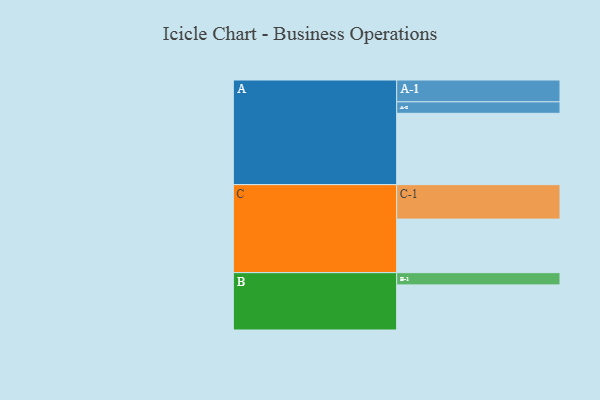
{"axis": {"x": "Segment", "y": "Value"}, "legend": ["", "A", "B", "C"], "data": [{"x": "A", "y": 490, "type": ""}, {"x": "B", "y": 310, "type": ""}, {"x": "C", "y": 368, "type": ""}, {"x": "A-1", "y": 150, "type": "A"}, {"x": "A-2", "y": 79, "type": "A"}, {"x": "B-1", "y": 84, "type": "B"}, {"x": "C-1", "y": 237, "type": "C"}]}